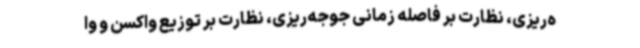
ه‌ریزی، نظارت بر فاصله زمانی جوجه‌ریزی، نظارت بر توزیع واکسن و وا